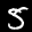
Label: 5